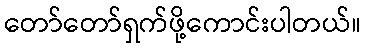
တော်တော်ရှက်ဖို့ကောင်းပါတယ်။